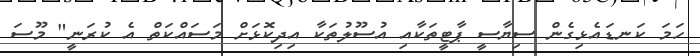
ހަމަ ކަނޑައެޅިގެން ސިޔާސީ ޕާޓީތަކާއި އުސޫލުތަކާ އިދިކޮޅަށް މަސައްކަތް އެ ކުރަނީ" މޫސަ